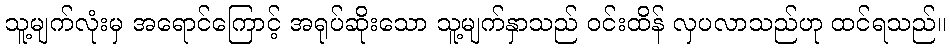
သူ့မျက်လုံးမှ အရောင်ကြောင့် အရုပ်ဆိုးသော သူ့မျက်နှာသည် ဝင်းထိန် လှပလာသည်ဟု ထင်ရသည်။